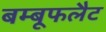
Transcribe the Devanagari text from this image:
बम्बूफलैट